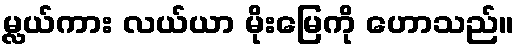
မ္လယ်ကား လယ်ယာ မိုးမြေကို ဟောသည်။